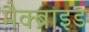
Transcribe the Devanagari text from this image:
मैक्ब्राइड